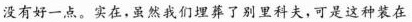
没有好一点。实在，虽然我们埋葬了别里科夫，可是这种装在